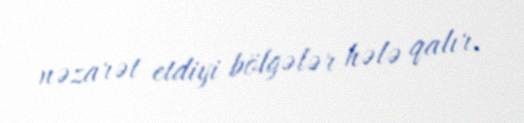
nəzarət etdiyi bölgələr hələ qalır.